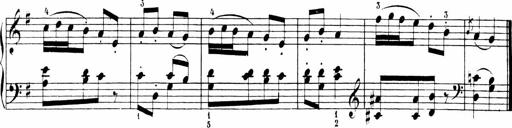
Title: 6 Sonatinas
Composer: Carl Reinecke